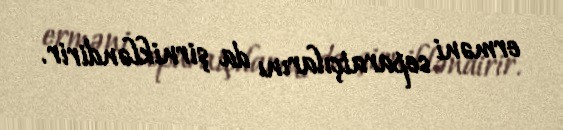
erməni separatçılarını da şirnikləndirir.